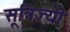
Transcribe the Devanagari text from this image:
सूत्रिज्यी